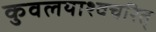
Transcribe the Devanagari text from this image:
कुवलयाश्वचरित्